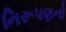
નિરૂપણનો